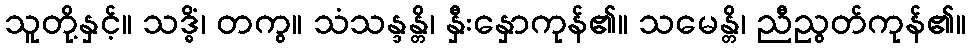
သူတို့နှင့်။ သဒ္ဓိံ၊ တကွ။ သံသန္ဒန္တိ၊ နှီးနှောကုန်၏။ သမေန္တိ၊ ညီညွတ်ကုန်၏။